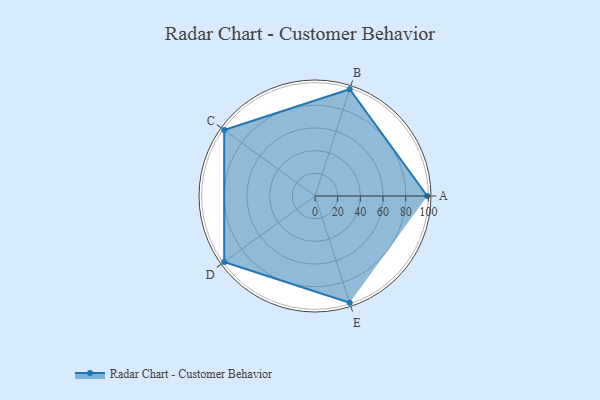
{"axis": {"x": "Skill", "y": "Score"}, "legend": ["Profile"], "data": [{"x": "A", "y": 99, "type": "Profile"}, {"x": "B", "y": 99, "type": "Profile"}, {"x": "C", "y": 99, "type": "Profile"}, {"x": "D", "y": 99, "type": "Profile"}, {"x": "E", "y": 99, "type": "Profile"}]}